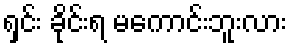
ရှင်း ခိုင်းရ မကောင်းဘူးလား